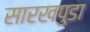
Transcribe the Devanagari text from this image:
सारखपुडा